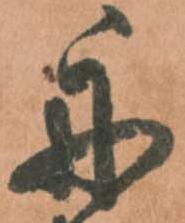
舟